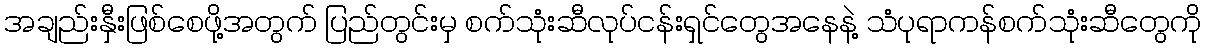
အချည်းနှီးဖြစ်စေဖို့အတွက် ပြည်တွင်းမှ စက်သုံးဆီလုပ်ငန်းရှင်တွေအနေနဲ့ သံပုရာကန်စက်သုံးဆီတွေကို